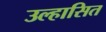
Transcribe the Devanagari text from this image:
उल्हासित